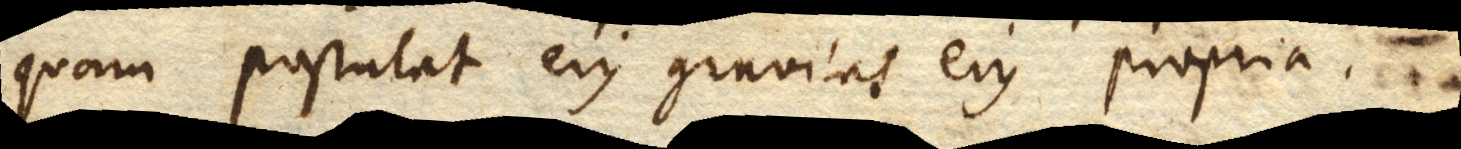
quam postulat ejus gravitas ejus propria.